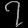
Digit: ၇